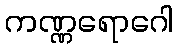
ကဏ္ဏရောဂေါ